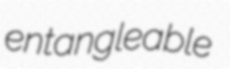
entangleable